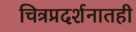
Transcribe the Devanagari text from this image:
चित्रप्रदर्शनातही